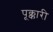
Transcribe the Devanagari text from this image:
पूक्कारी